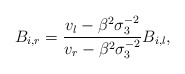
\begin{align*}B_{i,r}=\frac{v_l-\beta^2\sigma_3^{-2}}{v_r-\beta^2\sigma_3^{-2}} B_{i,l},\end{align*}